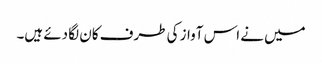
میں نے اس آواز کی طرف کان لگا دئے ہیں۔